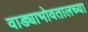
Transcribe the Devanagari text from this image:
वाड्याभोवतालच्या